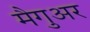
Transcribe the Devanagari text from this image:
मैगुअर